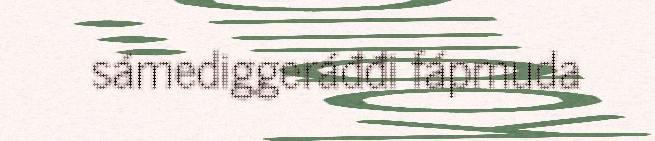
sámediggeráđđi fápmuda